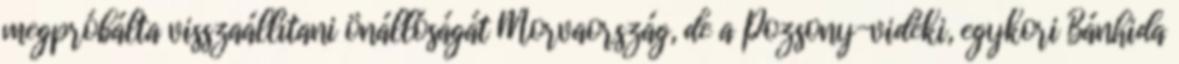
megpróbálta visszaállítani önállóságát Morvaország, de a Pozsony-vidéki, egykori Bánhida